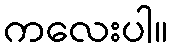
ကလေးပါ။